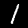
Label: 1